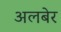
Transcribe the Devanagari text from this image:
अलबेर